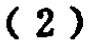
-2